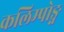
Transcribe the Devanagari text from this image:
कलिम्पोङ्ग